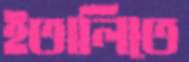
ইতালিতে